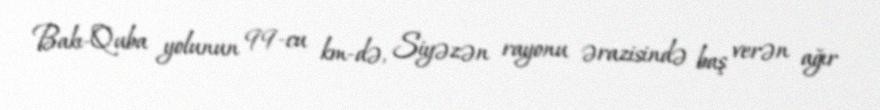
Bakı-Quba yolunun 99-cu km-də, Siyəzən rayonu ərazisində baş verən ağır